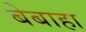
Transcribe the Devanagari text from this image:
बेबाहा